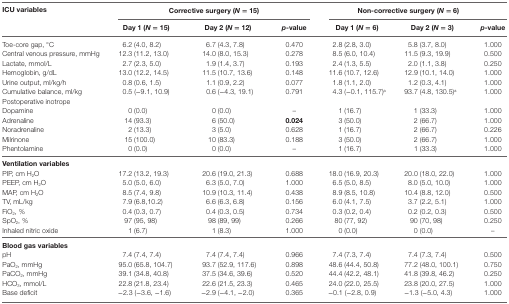
<table><thead><tr><td rowspan="2"><b>ICU variables</b></td><td colspan="3"><b>Corrective surgery (<i>N</i> = 15)</b></td><td colspan="3"><b>Non-corrective surgery (<i>N</i> = 6)</b></td></tr><tr><td><b>Day 1 (<i>N</i> = 15)</b></td><td><b>Day 2 (<i>N</i> = 12)</b></td><td><b><i>p</i>-value</b></td><td><b>Day 1 (<i>N</i> = 6)</b></td><td><b>Day 2 (<i>N</i> = 3)</b></td><td><b><i>p</i>-value</b></td></tr></thead><tbody><tr><td>Toe-core gap, °C</td><td>6.2 (4.0, 8.2)</td><td>6.7 (4.3, 7.8)</td><td>0.470</td><td>2.8 (2.8, 3.0)</td><td>5.8 (3.7, 8.0)</td><td>1.000</td></tr><tr><td>Central venous pressure, mmHg</td><td>12.3 (11.2, 13.0)</td><td>14.0 (8.0, 15.3)</td><td>0.278</td><td>8.5 (6.0, 10.4)</td><td>11.5 (9.3, 19.9)</td><td>0.500</td></tr><tr><td>Lactate, mmol/L</td><td>2.7 (2.3, 5.0)</td><td>1.9 (1.4, 3.7)</td><td>0.193</td><td>2.4 (1.3, 5.5)</td><td>2.0 (1.1, 3.8)</td><td>0.250</td></tr><tr><td>Hemoglobin, g/dL</td><td>13.0 (12.2, 14.5)</td><td>11.5 (10.7, 13.6)</td><td>0.148</td><td>11.6 (10.7, 12.6)</td><td>12.9 (10.1, 14.0)</td><td>1.000</td></tr><tr><td>Urine output, ml/kg/h</td><td>0.8 (0.6, 1.5)</td><td>1.1 (0.9, 2.2)</td><td>0.077</td><td>1.8 (1.1, 2.0)</td><td>1.2 (0.3, 4.1)</td><td>1.000</td></tr><tr><td>Cumulative balance, ml/kg</td><td>0.5 (−9.1, 10.9)</td><td>0.6 (−4.3, 19.1)</td><td>0.791</td><td>4.3 (−0.1, 115.7)<sup>a</sup></td><td>93.7 (4.8, 130.5)<sup>a</sup></td><td>1.000</td></tr><tr><td colspan="7">Postoperative inotrope</td></tr><tr><td>Dopamine</td><td>0 (0.0)</td><td>0 (0.0)</td><td>–</td><td>1 (16.7)</td><td>1 (33.3)</td><td>1.000</td></tr><tr><td>Adrenaline</td><td>14 (93.3)</td><td>6 (50.0)</td><td><b>0.024</b></td><td>3 (50.0)</td><td>2 (66.7)</td><td>1.000</td></tr><tr><td>Noradrenaline</td><td>2 (13.3)</td><td>3 (5.0)</td><td>0.628</td><td>1 (16.7)</td><td>2 (66.7)</td><td>0.226</td></tr><tr><td>Milrinone</td><td>15 (100.0)</td><td>10 (83.3)</td><td>0.188</td><td>3 (50.0)</td><td>2 (66.7)</td><td>1.000</td></tr><tr><td>Phentolamine</td><td>0 (0.0)</td><td>0 (0.0)</td><td>–</td><td>1 (16.7)</td><td>1 (33.3)</td><td>1.000</td></tr><tr><td colspan="7"><b>Ventilation variables</b></td></tr><tr><td>PIP, cm H<sub>2</sub>O</td><td>17.2 (13.2, 19.3)</td><td>20.6 (19.0, 21.3)</td><td>0.688</td><td>18.0 (16.9, 20.3)</td><td>20.0 (18.0, 22.0)</td><td>1.000</td></tr><tr><td>PEEP, cm H<sub>2</sub>O</td><td>5.0 (5.0, 6.0)</td><td>6.3 (5.0, 7.0)</td><td>1.000</td><td>6.5 (5.0, 8.5)</td><td>8.0 (5.0, 10.0)</td><td>1.000</td></tr><tr><td>MAP, cm H<sub>2</sub>O</td><td>8.5 (7.4, 9.8)</td><td>10.9 (10.3, 11.4)</td><td>0.438</td><td>8.9 (8.5, 10.8)</td><td>10.4 (8.8, 12.0)</td><td>0.500</td></tr><tr><td>TV, mL/kg</td><td>7.9 (6.8,10.2)</td><td>6.6 (6.3, 6.8)</td><td>0.156</td><td>6.0 (4.1, 7.5)</td><td>3.7 (2.2, 5.1)</td><td>1.000</td></tr><tr><td>FiO<sub>2</sub>, %</td><td>0.4 (0.3, 0.7)</td><td>0.4 (0.3, 0.5)</td><td>0.734</td><td>0.3 (0.2, 0.4)</td><td>0.2 (0.2, 0.3)</td><td>0.500</td></tr><tr><td>SpO<sub>2</sub>, %</td><td>97 (95, 98)</td><td>98 (89, 99)</td><td>0.266</td><td>80 (77, 92)</td><td>90 (70, 98)</td><td>0.250</td></tr><tr><td>Inhaled nitric oxide</td><td>1 (6.7)</td><td>1 (8.3)</td><td>1.000</td><td>0 (0.0)</td><td>0 (0.0)</td><td>–</td></tr><tr><td colspan="7"><b>Blood gas variables</b></td></tr><tr><td>pH</td><td>7.4 (7.4, 7.4)</td><td>7.4 (7.4, 7.4)</td><td>0.966</td><td>7.4 (7.3, 7.4)</td><td>7.4 (7.3, 7.4)</td><td>0.500</td></tr><tr><td>PaO<sub>2</sub>, mmHg</td><td>95.0 (65.8, 104.7)</td><td>93.7 (52.9, 117.6)</td><td>0.898</td><td>48.6 (44.4, 50.8)</td><td>77.2 (48.0, 100.1)</td><td>0.750</td></tr><tr><td>PaCO<sub>2</sub>, mmHg</td><td>39.1 (34.8, 40.8)</td><td>37.5 (34.6, 39.6)</td><td>0.520</td><td>44.4 (42.2, 48.1)</td><td>41.8 (39.8, 46.2)</td><td>0.250</td></tr><tr><td>HCO<sub>3</sub>, mmol/L</td><td>22.8 (21.8, 23.4)</td><td>22.6 (21.5, 23.3)</td><td>0.465</td><td>24.0 (22.0, 25.5)</td><td>23.8 (20.0, 27.5)</td><td>1.000</td></tr><tr><td>Base deficit</td><td>−2.3 (−3.6, −1.6)</td><td>−2.9 (−4.1, −2.0)</td><td>0.365</td><td>−0.1 (−2.8, 0.9)</td><td>−1.3 (−5.0, 4.3)</td><td>1.000</td></tr></tbody></table>